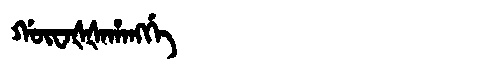
Manchu: ᡤᡡᠸᠠᡧᡧᠠᡥᠠᠩᡤᡝ
Romanization: GŪWAŠŠAHANGGE